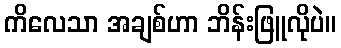
ကိလေသာ အချစ်ဟာ ဘိန်းဖြူလိုပဲ။